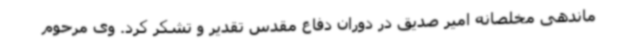
ماندهی مخلصانه امیر صدیق در دوران دفاع مقدس تقدیر و تشکر کرد. وی مرحوم